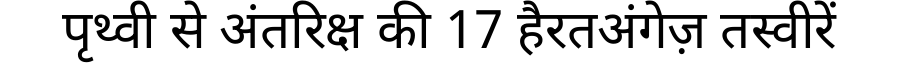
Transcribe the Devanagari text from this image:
पृथ्वी से अंतरिक्ष की 17 हैरतअंगेज़ तस्वीरें